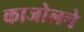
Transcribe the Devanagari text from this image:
काजोलचे